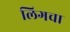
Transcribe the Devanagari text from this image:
लिगचा